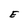
Character: E